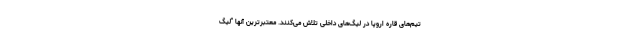
تیم‌های قاره اروپا در لیگ‌های داخلی تلاش می‌کنند. معتبرترین آنها "لیگ